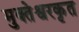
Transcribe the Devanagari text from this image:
मुक्तेश्वरकृत